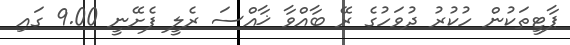
ޕާޓީތަކުން ހުކުރު ދުވަހުގެ ރޭ ބާއްވާ ޚާއްސަ ރެލީ ފެށޭނީ 9.00 ގައި